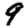
Digit: 9